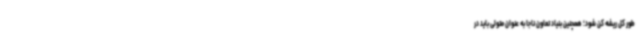
طور کل ریشه کن شود؛ همچنین بنیاد تعاون ناجا به عنوان متولی باید در